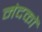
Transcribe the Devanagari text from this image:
मंदकों